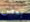
بعض